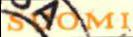
SAOMI